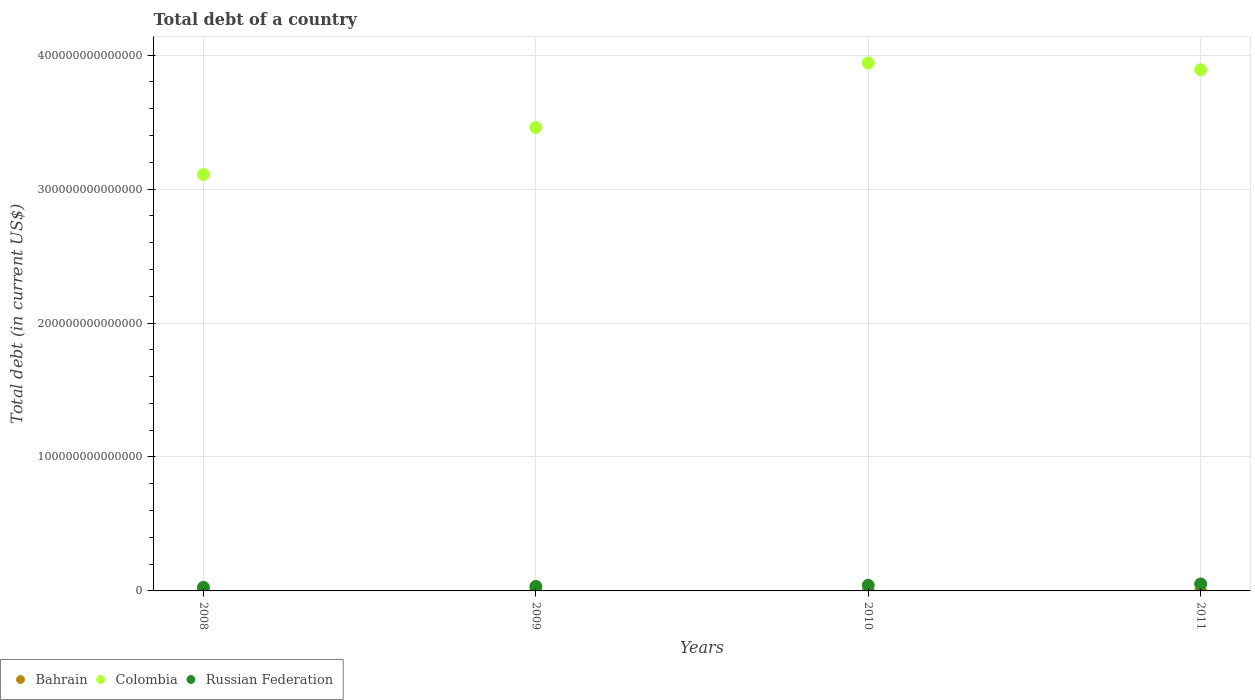
| Years | Bahrain | Colombia | Russian Federation |
 | --- | --- | --- | --- |
 | 2008 | 7.05e+08 | 3.11e+14 | 2.68e+12 |
 | 2009 | 1.35e+09 | 3.46e+14 | 3.38e+12 |
 | 2010 | 2.93e+09 | 3.94e+14 | 4.21e+12 |
 | 2011 | 3.89e+09 | 3.89e+14 | 5.19e+12 |